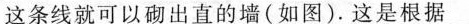
这条线就可以砌出直的墙(如图)。这是根据___